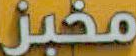
مخبز